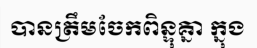
បានត្រឹមចែកពិន្ទុគ្នា ក្នុង